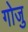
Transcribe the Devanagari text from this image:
गोजु